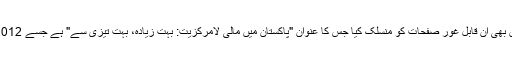
آئی ایم ایف نے میرے آرٹیکل کا نوٹس لیا اور 2011ء میں آرٹیکل 4 کی مشاورتی رپورٹ میں بھی ان قابل غور صفحات کو منسلک کیا جس کا عنوان "پاکستان میں مالی لامرکزیت: بہت زیادہ، بہت تیزی سے" ہے جسے 2012ء میں جاری ہونے والی آئی ایم ایف کی کنٹری رپورٹ نمبر 12/35 میں دیکھی جاسکتی ہے۔